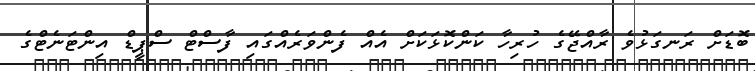
ބޮޑަށް ރަނގަޅުވެ ރާއްޖޭގެ ހުރިހާ ކަންކޮޅަކަށް އެއް ފެންވަރެއްގައި ފާސްޓް ސްޕީޑް އިންޓަނެޓްގެ